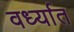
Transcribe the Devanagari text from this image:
वर्ध्यात